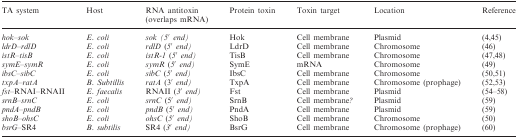
<table><thead><tr><td><b>TA system</b></td><td><b>Host</b></td><td><b>RNA antitoxin (overlaps mRNA)</b></td><td><b>Protein toxin</b></td><td><b>Toxin target</b></td><td><b>Location</b></td><td><b>Reference</b></td></tr></thead><tbody><tr><td><i>hok–sok</i></td><td><i>E. coli</i></td><td><i>sok (5′ end)</i></td><td>Hok</td><td>Cell membrane</td><td>Plasmid</td><td>(4,45)</td></tr><tr><td><i>ldrD–rdlD</i></td><td><i>E. coli</i></td><td><i>rdlD</i> (<i>5′ end)</i></td><td>LdrD</td><td>Cell membrane</td><td>Chromosome</td><td>(46)</td></tr><tr><td><i>istR–tisB</i></td><td><i>E. coli</i></td><td><i>istR-1</i> (<i>5′ end)</i></td><td>TisB</td><td>Cell membrane</td><td>Chromosome</td><td>(47,48)</td></tr><tr><td><i>symE–symR</i></td><td><i>E. coli</i></td><td><i>symR</i> (<i>5′ end)</i></td><td>SymE</td><td>mRNA</td><td>Chromosome</td><td>(49)</td></tr><tr><td><i>ibsC–sibC</i></td><td><i>E. coli</i></td><td><i>sibC</i> (<i>5′ end)</i></td><td>IbsC</td><td>Cell membrane</td><td>Chromosome</td><td>(50,51)</td></tr><tr><td><i>txpA–ratA</i></td><td><i>B. Subtillis</i></td><td><i>ratA</i> (3<i>′ end)</i></td><td>TxpA</td><td>Cell membrane</td><td>Chromosome (prophage)</td><td>(52,53)</td></tr><tr><td><i>fst</i>–RNAI–RNAII</td><td><i>E. faecalis</i></td><td>RNAII (<i>3′ end)</i></td><td>Fst</td><td>Cell membrane</td><td>Plasmid</td><td>(54–58)</td></tr><tr><td><i>srnB–srnC</i></td><td><i>E. coli</i></td><td><i>srnC</i> (5<i>′ end)</i></td><td>SrnB</td><td>Cell membrane<i>?</i></td><td>Plasmid</td><td>(59)</td></tr><tr><td><i>pndA–pndB</i></td><td><i>E. coli</i></td><td><i>pndB</i> (5<i>′ end)</i></td><td>PndA</td><td>Cell membrane</td><td>Plasmid</td><td>(59)</td></tr><tr><td><i>shoB–ohsC</i></td><td><i>E. coli</i></td><td><i>ohsC</i> (<i>5′ end)</i></td><td>ShoB</td><td>Cell membrane</td><td>Chromosome</td><td>(50)</td></tr><tr><td><i>bsrG</i>–SR4</td><td><i>B. subtilis</i></td><td>SR4 (<i>3′ end)</i></td><td>BsrG</td><td>Cell membrane</td><td>Chromosome (prophage)</td><td>(60)</td></tr></tbody></table>